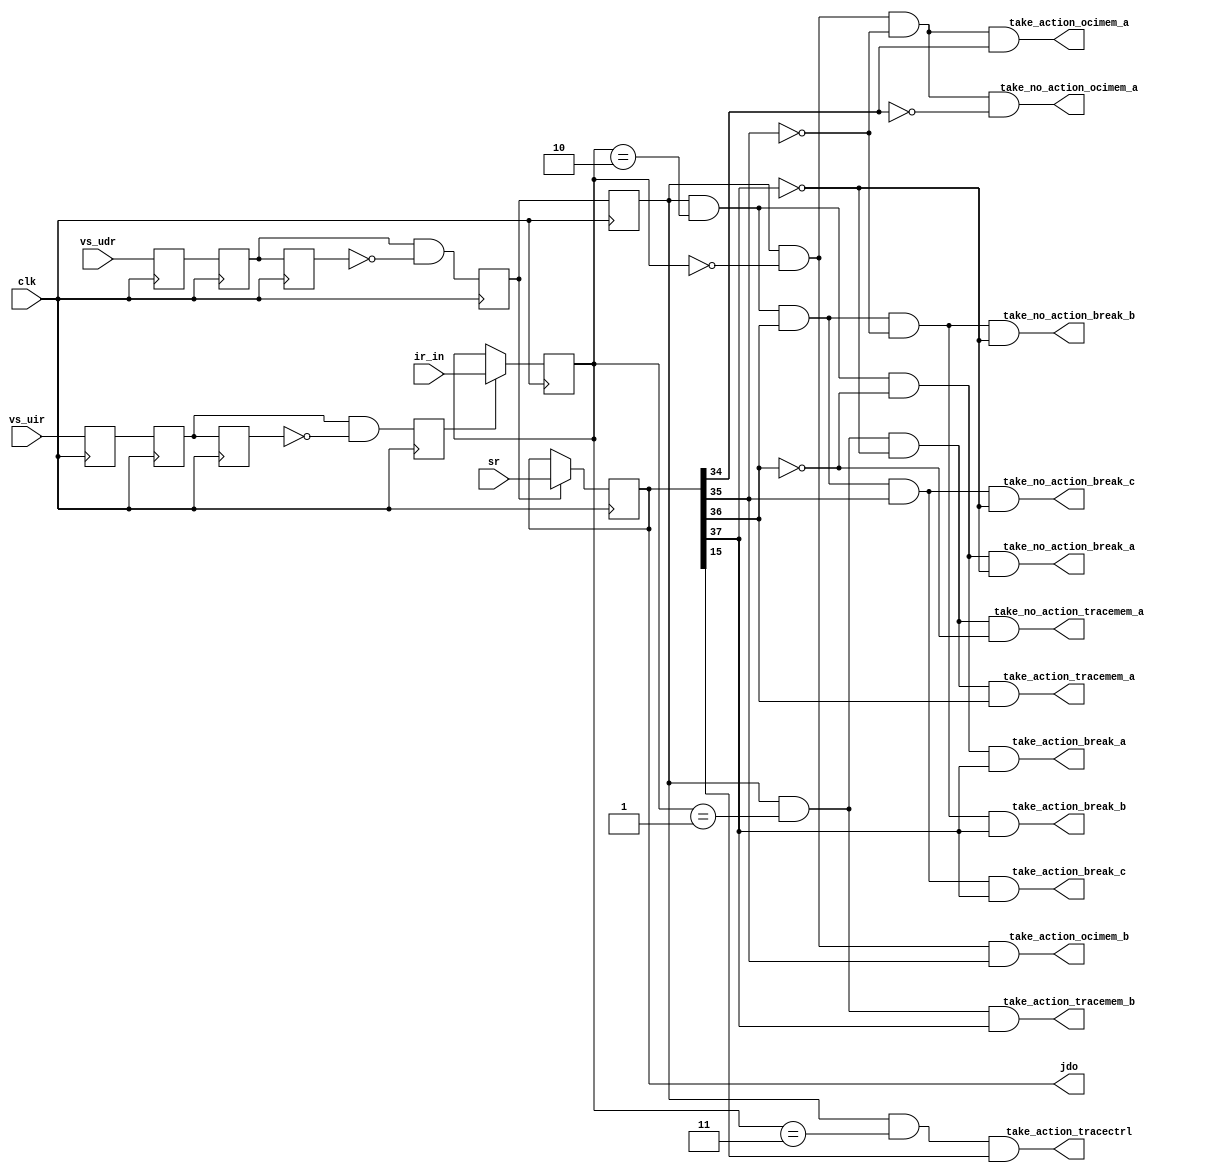
//Legal Notice: (C)2008 Altera Corporation. All rights reserved.  Your
//use of Altera Corporation's design tools, logic functions and other
//software and tools, and its AMPP partner logic functions, and any
//output files any of the foregoing (including device programming or
//simulation files), and any associated documentation or information are
//expressly subject to the terms and conditions of the Altera Program
//License Subscription Agreement or other applicable license agreement,
//including, without limitation, that your use is for the sole purpose
//of programming logic devices manufactured by Altera and sold by Altera
//or its authorized distributors.  Please refer to the applicable
//agreement for further details.


// turn off superfluous verilog processor warnings 
// altera message_level Level1 
// altera message_off 10034 10035 10036 10037 10230 10240 10030 

module cpu_jtag_debug_module_sysclk (
                                      // inputs:
                                       clk,
                                       ir_in,
                                       sr,
                                       vs_udr,
                                       vs_uir,

                                      // outputs:
                                       jdo,
                                       take_action_break_a,
                                       take_action_break_b,
                                       take_action_break_c,
                                       take_action_ocimem_a,
                                       take_action_ocimem_b,
                                       take_action_tracectrl,
                                       take_action_tracemem_a,
                                       take_action_tracemem_b,
                                       take_no_action_break_a,
                                       take_no_action_break_b,
                                       take_no_action_break_c,
                                       take_no_action_ocimem_a,
                                       take_no_action_tracemem_a
                                    )
;

  output  [ 37: 0] jdo;
  output           take_action_break_a;
  output           take_action_break_b;
  output           take_action_break_c;
  output           take_action_ocimem_a;
  output           take_action_ocimem_b;
  output           take_action_tracectrl;
  output           take_action_tracemem_a;
  output           take_action_tracemem_b;
  output           take_no_action_break_a;
  output           take_no_action_break_b;
  output           take_no_action_break_c;
  output           take_no_action_ocimem_a;
  output           take_no_action_tracemem_a;
  input            clk;
  input   [  1: 0] ir_in;
  input   [ 37: 0] sr;
  input            vs_udr;
  input            vs_uir;

  reg     [  1: 0] ir /* synthesis ALTERA_ATTRIBUTE = "SUPPRESS_DA_RULE_INTERNAL=\"D101,R101\""  */;
  reg     [ 37: 0] jdo /* synthesis ALTERA_ATTRIBUTE = "SUPPRESS_DA_RULE_INTERNAL=\"D101,R101\""  */;
  reg              jxdr /* synthesis ALTERA_ATTRIBUTE = "SUPPRESS_DA_RULE_INTERNAL=\"D101,D103\""  */;
  reg              jxuir /* synthesis ALTERA_ATTRIBUTE = "SUPPRESS_DA_RULE_INTERNAL=\"D101,D103\""  */;
  reg              prejxdr /* synthesis ALTERA_ATTRIBUTE = "SUPPRESS_DA_RULE_INTERNAL=\"D101,D103\""  */;
  wire             take_action_break_a;
  wire             take_action_break_b;
  wire             take_action_break_c;
  wire             take_action_ocimem_a;
  wire             take_action_ocimem_b;
  wire             take_action_tracectrl;
  wire             take_action_tracemem_a;
  wire             take_action_tracemem_b;
  wire             take_no_action_break_a;
  wire             take_no_action_break_b;
  wire             take_no_action_break_c;
  wire             take_no_action_ocimem_a;
  wire             take_no_action_tracemem_a;
  reg              udr_sync1 /* synthesis ALTERA_ATTRIBUTE = "SUPPRESS_DA_RULE_INTERNAL=\"D101,D103\""  */;
  reg              udr_sync2 /* synthesis ALTERA_ATTRIBUTE = "SUPPRESS_DA_RULE_INTERNAL=\"D101,D103\""  */;
  reg              udr_sync3 /* synthesis ALTERA_ATTRIBUTE = "SUPPRESS_DA_RULE_INTERNAL=\"D101,D103\""  */;
  reg              uir_sync1 /* synthesis ALTERA_ATTRIBUTE = "SUPPRESS_DA_RULE_INTERNAL=\"D101,D103\""  */;
  reg              uir_sync2 /* synthesis ALTERA_ATTRIBUTE = "SUPPRESS_DA_RULE_INTERNAL=\"D101,D103\""  */;
  reg              uir_sync3 /* synthesis ALTERA_ATTRIBUTE = "SUPPRESS_DA_RULE_INTERNAL=\"D101,D103\""  */;
  always @(posedge clk)
    begin
      udr_sync1 <= vs_udr;
      udr_sync2 <= udr_sync1;
      udr_sync3 <= udr_sync2;
      prejxdr <= udr_sync2 & ~udr_sync3;
      jxdr <= prejxdr;
      uir_sync1 <= vs_uir;
      uir_sync2 <= uir_sync1;
      uir_sync3 <= uir_sync2;
      jxuir <= uir_sync2 & ~uir_sync3;
    end


  assign take_action_ocimem_a = jxdr && (ir == 2'b00) && 
    ~jdo[35] && jdo[34];

  assign take_no_action_ocimem_a = jxdr && (ir == 2'b00) && 
    ~jdo[35] && ~jdo[34];

  assign take_action_ocimem_b = jxdr && (ir == 2'b00) && 
    jdo[35];

  assign take_action_tracemem_a = jxdr && (ir == 2'b01) &&
    ~jdo[37] && 
    jdo[36];

  assign take_no_action_tracemem_a = jxdr && (ir == 2'b01) &&
    ~jdo[37] && 
    ~jdo[36];

  assign take_action_tracemem_b = jxdr && (ir == 2'b01) &&
    jdo[37];

  assign take_action_break_a = jxdr && (ir == 2'b10) && 
    ~jdo[36] && 
    jdo[37];

  assign take_no_action_break_a = jxdr && (ir == 2'b10) && 
    ~jdo[36] && 
    ~jdo[37];

  assign take_action_break_b = jxdr && (ir == 2'b10) && 
    jdo[36] && ~jdo[35] &&
    jdo[37];

  assign take_no_action_break_b = jxdr && (ir == 2'b10) && 
    jdo[36] && ~jdo[35] &&
    ~jdo[37];

  assign take_action_break_c = jxdr && (ir == 2'b10) && 
    jdo[36] &&  jdo[35] &&
    jdo[37];

  assign take_no_action_break_c = jxdr && (ir == 2'b10) && 
    jdo[36] &&  jdo[35] &&
    ~jdo[37];

  assign take_action_tracectrl = jxdr && (ir == 2'b11) &&  
    jdo[15];

  always @(posedge clk)
    begin
      if (jxuir)
          ir <= ir_in;
      if (prejxdr)
          jdo <= sr;
    end



endmodule